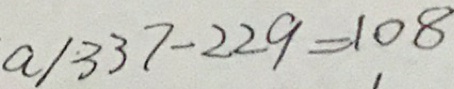
a / 3 3 7 - 2 2 9 = 1 0 8